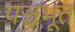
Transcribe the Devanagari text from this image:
पञ्चभूत